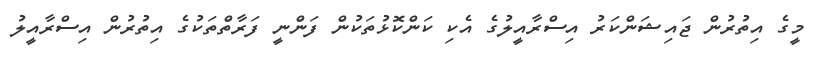
މީގެ އިތުރުން ޖައިޝަންކަރު އިސްރާއީލުގެ އެކި ކަންކޮޅުތަކުން ފަންނީ ފަރާތްތަކުގެ އިތުރުން އިސްރާއީލު